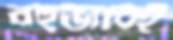
বহুভাবেই